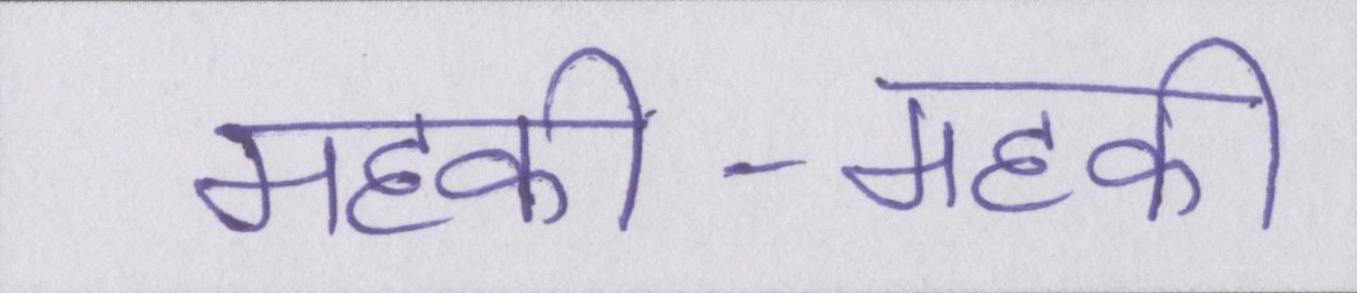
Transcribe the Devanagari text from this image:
महकी-महकी